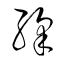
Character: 綵